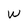
Character: w